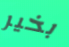
بخير